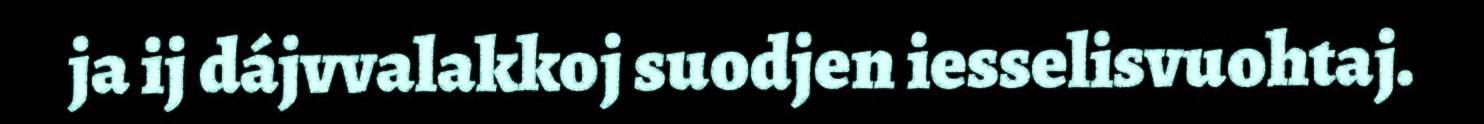
ja ij dájvvalakkoj suodjen iesselisvuohtaj.